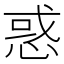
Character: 惑